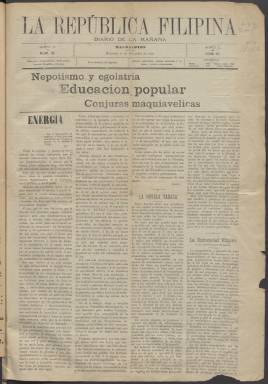
Título: La República Filipina
Colección: Periódicos
Ámbito geográfico: Filipinas
Lugar de publicación: Mandaloyon [Filipinas]
Fechas: 21/12/1898-21/12/1898